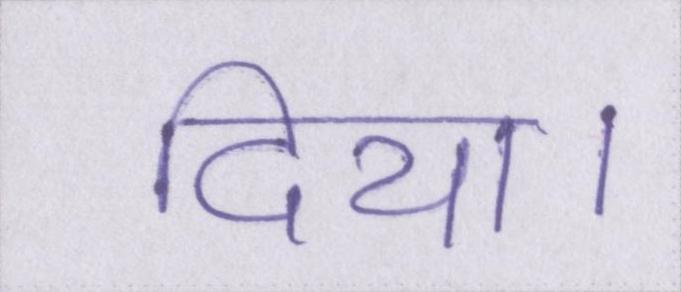
दिया।